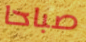
صباحا